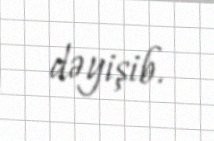
dəyişib.